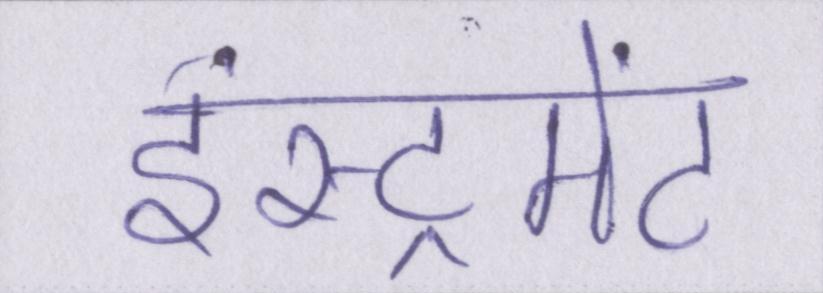
इंस्ट्रूमेंट